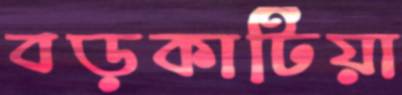
বড়কাটিয়া